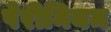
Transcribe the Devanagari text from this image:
पेरीनियम